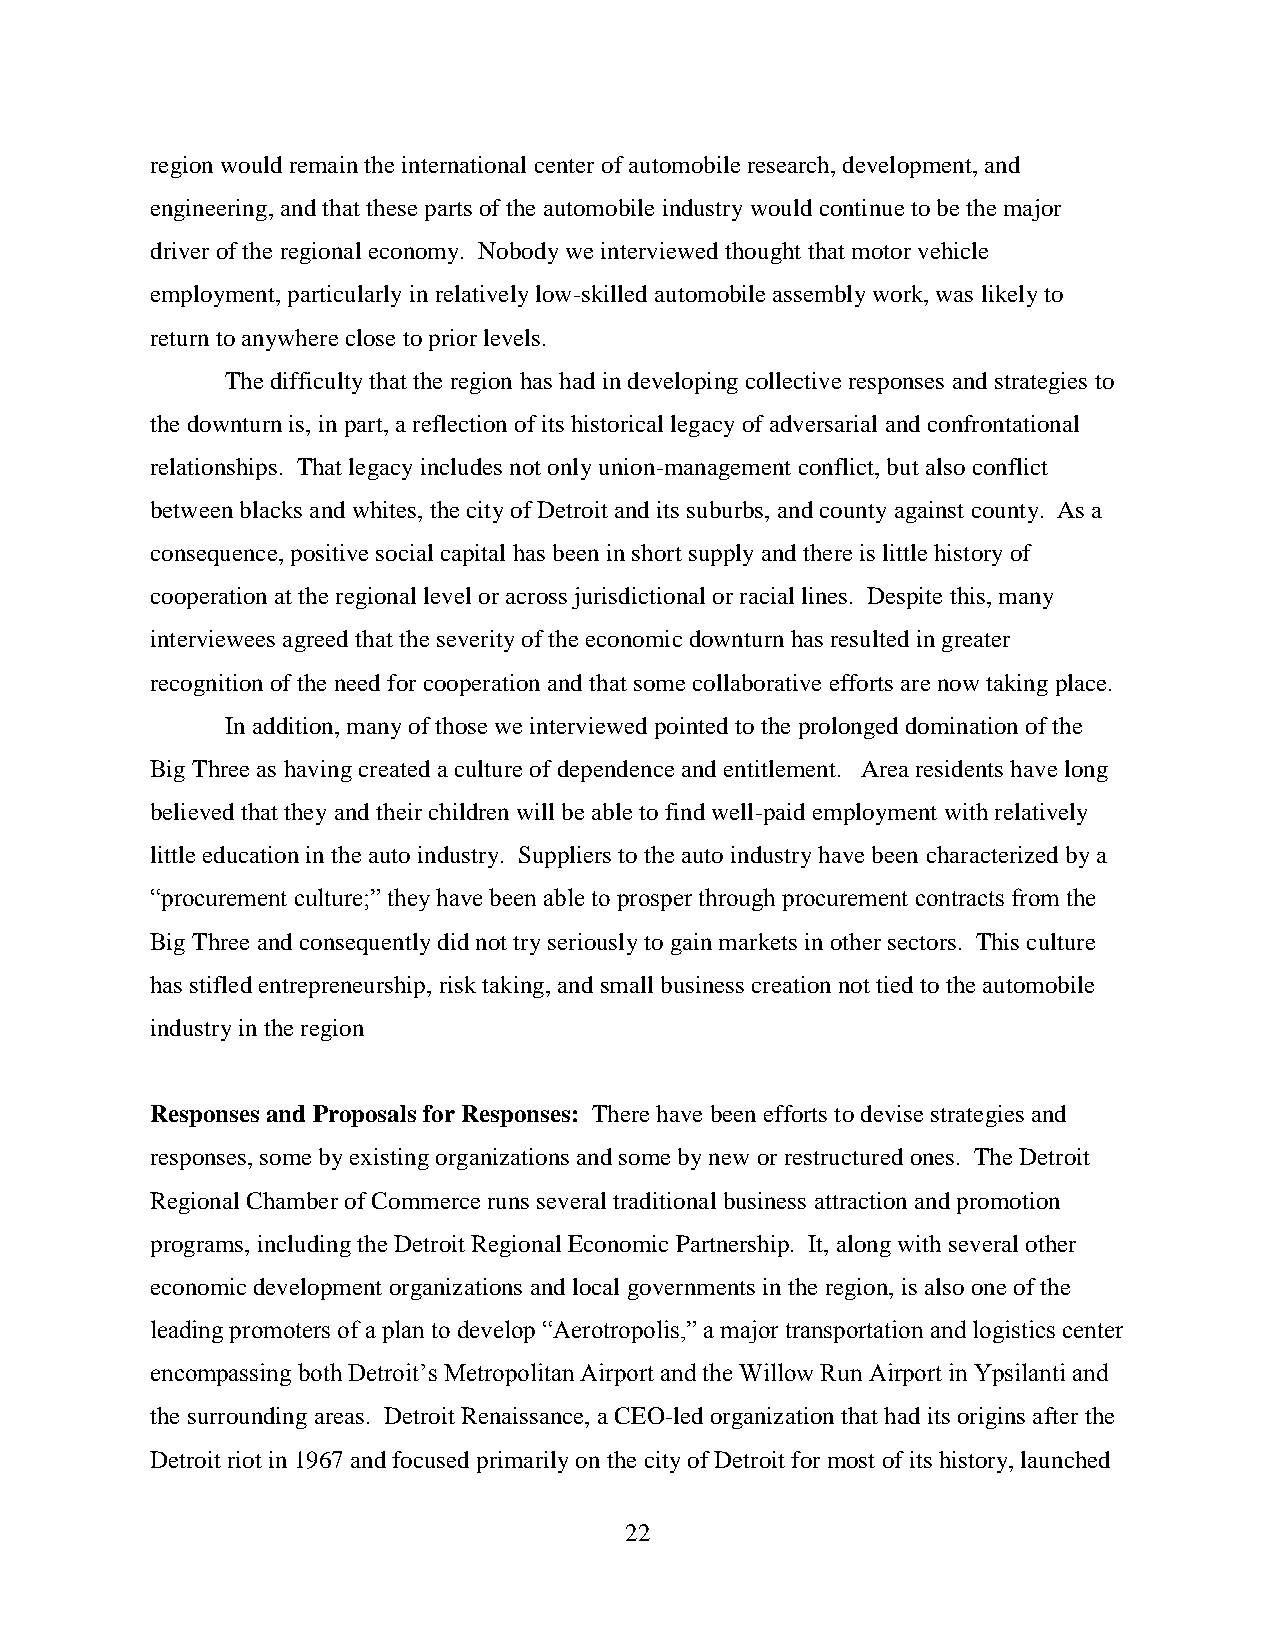
region would remain the international center of automobile research, development, and
 engineering, and that these parts of the automobile industry would continue to be the major
 driver of the regional economy. Nobody we interviewed thought that motor vehicle
 employment, particularly in relatively low-skilled automobile assembly work, was likely to
 return to anywhere close to prior levels.
 The difficulty that the region has had in developing collective responses and strategies to
 the downturn is, in part, a reflection of its historical legacy of adversarial and confrontational
 relationships. That legacy includes not only union-management conflict, but also conflict
 between blacks and whites, the city of Detroit and its suburbs, and county against county. As a
 consequence, positive social capital has been in short supply and there is little history of
 cooperation at the regional level or across jurisdictional or racial lines. Despite this, many
 interviewees agreed that the severity of the economic downturn has resulted in greater
 recognition of the need for cooperation and that some collaborative efforts are now taking place.
 In addition, many of those we interviewed pointed to the prolonged domination of the
 Big Three as having created a culture of dependence and entitlement. Area residents have long
 believed that they and their children will be able to find well-paid employment with relatively
 little education in the auto industry. Suppliers to the auto industry have been characterized by a
 “procurement culture;” they have been able to prosper through procurement contracts from the
 Big Three and consequently did not try seriously to gain markets in other sectors. This culture
 has stifled entrepreneurship, risk taking, and small business creation not tied to the automobile
 industry in the region
 Responses and Proposals for Responses: There have been efforts to devise strategies and
 responses, some by existing organizations and some by new or restructured ones. The Detroit
 Regional Chamber of Commerce runs several traditional business attraction and promotion
 programs, including the Detroit Regional Economic Partnership. It, along with several other
 economic development organizations and local governments in the region, is also one of the
 leading promoters of a plan to develop “Aerotropolis,” a major transportation and logistics center
 encompassing both Detroit’s Metropolitan Airport and the Willow Run Airport in Ypsilanti and
 the surrounding areas. Detroit Renaissance, a CEO-led organization that had its origins after the
 Detroit riot in 1967 and focused primarily on the city of Detroit for most of its history, launched
 22